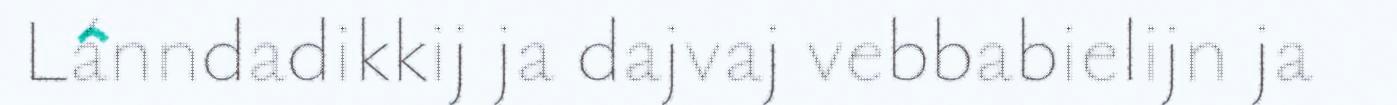
Lánndadikkij ja dajvaj vebbabielijn ja